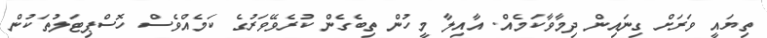
ތިޔައީ ވަރަށް ގިނައިން ދިމާވާކަމެއް. އާއިލާ މީހުން ތިބެގެން ކުރެވޭވަރުގެ ކަމެއްވެސް ހޮސްޕިޓަލުތަކުން